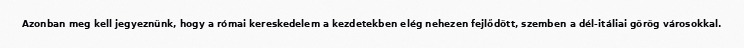
Azonban meg kell jegyeznünk, hogy a római kereskedelem a kezdetekben elég nehezen fejlődött, szemben a dél-itáliai görög városokkal.